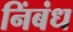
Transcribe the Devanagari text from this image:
निंबंध